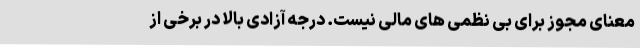
معنای مجوز برای بی نظمی های مالی نیست. درجه آزادی بالا در برخی از